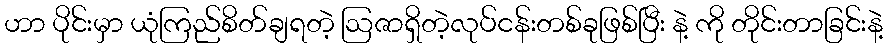
ဟာ ပိုင်းမှာ ယုံကြည်စိတ်ချရတဲ့ ဩဇာရှိတဲ့လုပ်ငန်းတစ်ခုဖြစ်ပြီး နဲ့ ကို တိုင်းတာခြင်းနဲ့